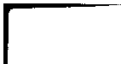
[